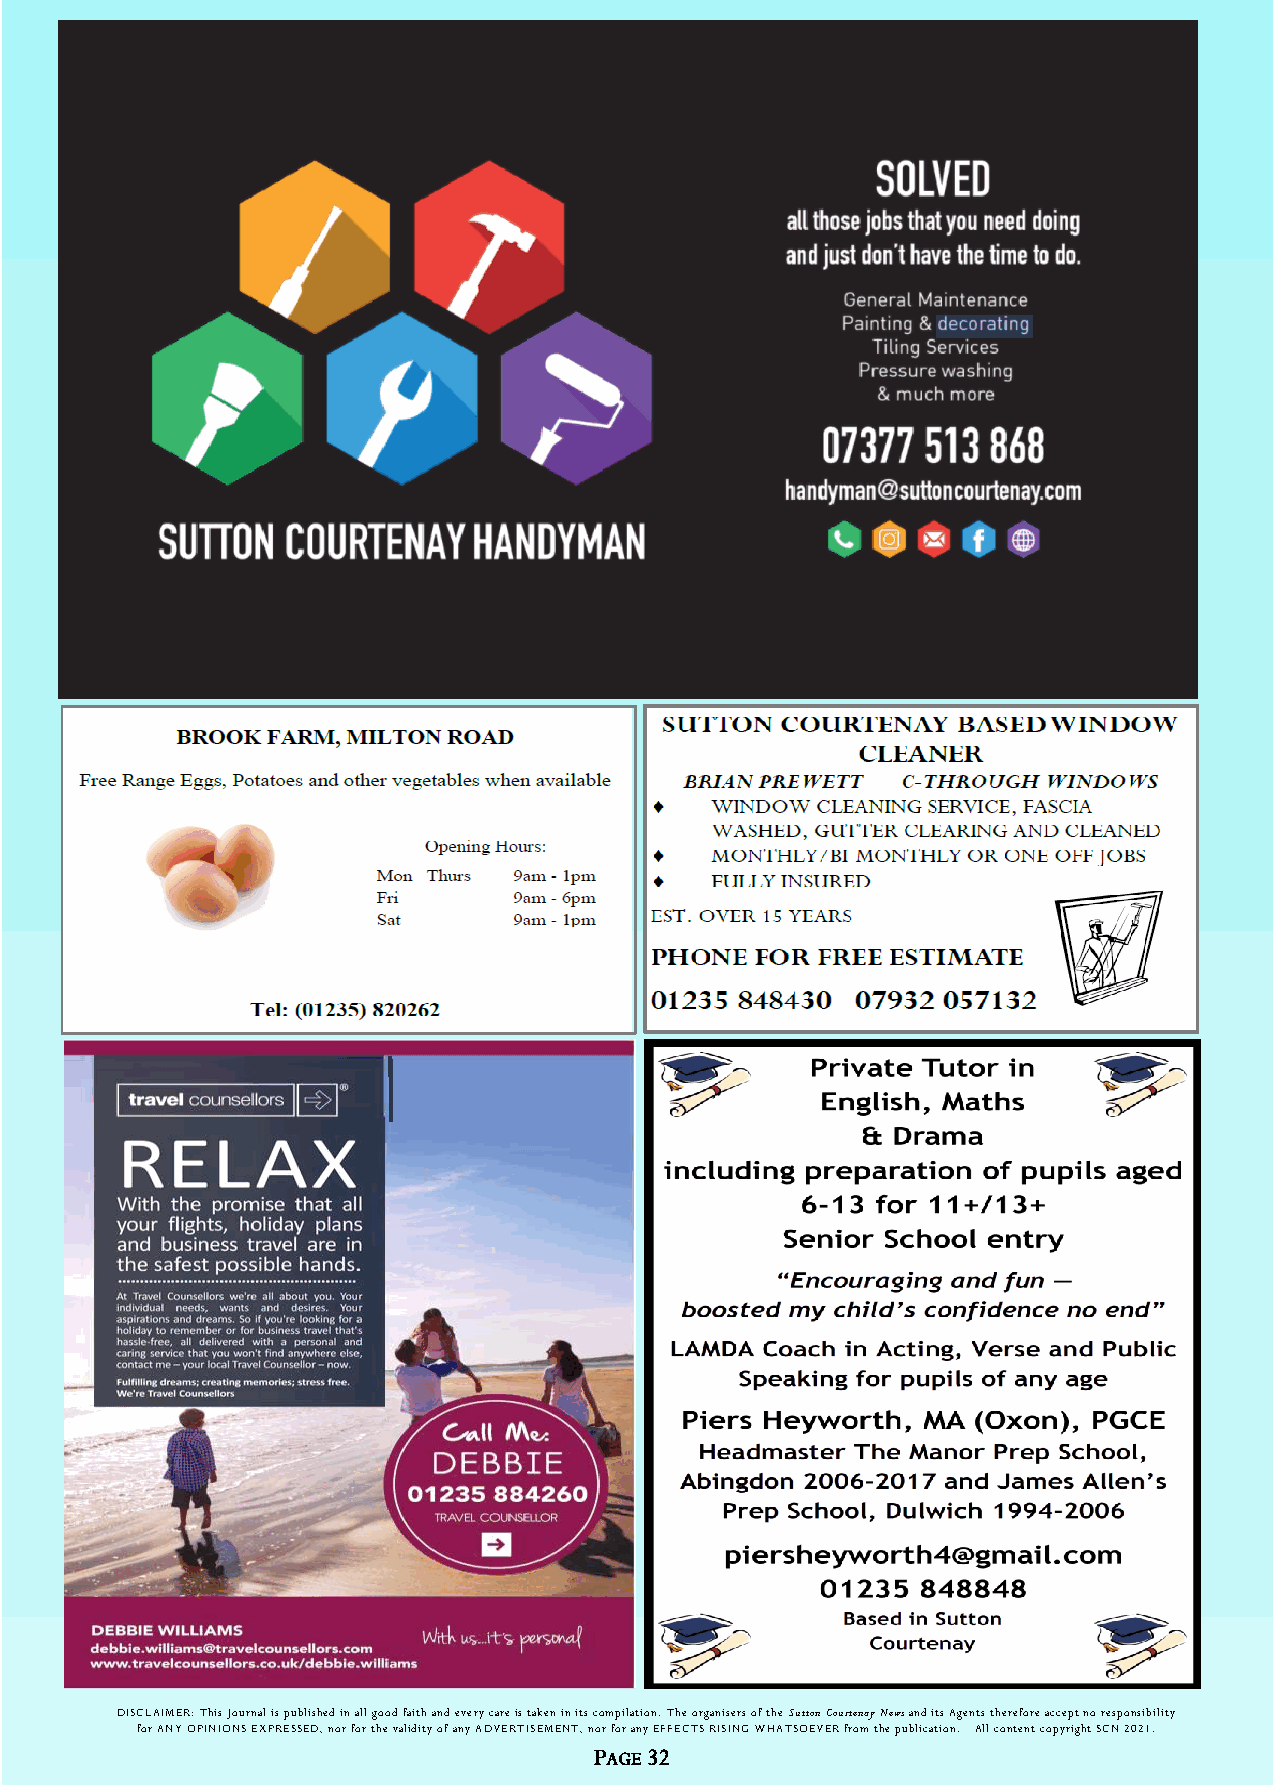
DISCLAIMER: This Journal is published in all good faith and every care is taken in its compilation. The organisers of the Sutton Courtenay News and its Agents therefore accept no responsibility
 for ANY OPINIONS EXPRESSED, nor for the validity of any ADVERTISEMENT, nor for any EFFECTS RISING WHATSOEVER from the publication. All content copyright SCN 2021.
 PAGE 32